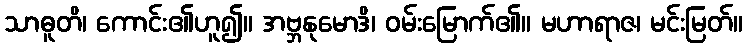
သာဓူတိ၊ ကောင်း၏ဟူ၍။ အဗ္ဘနုမောဒိ၊ ဝမ်းမြောက်၏။ မဟာရာဇ၊ မင်းမြတ်။